Civil Veterinary Department. Central Provinces & Berar 1932-41 - 1932-1941
Year: 1932
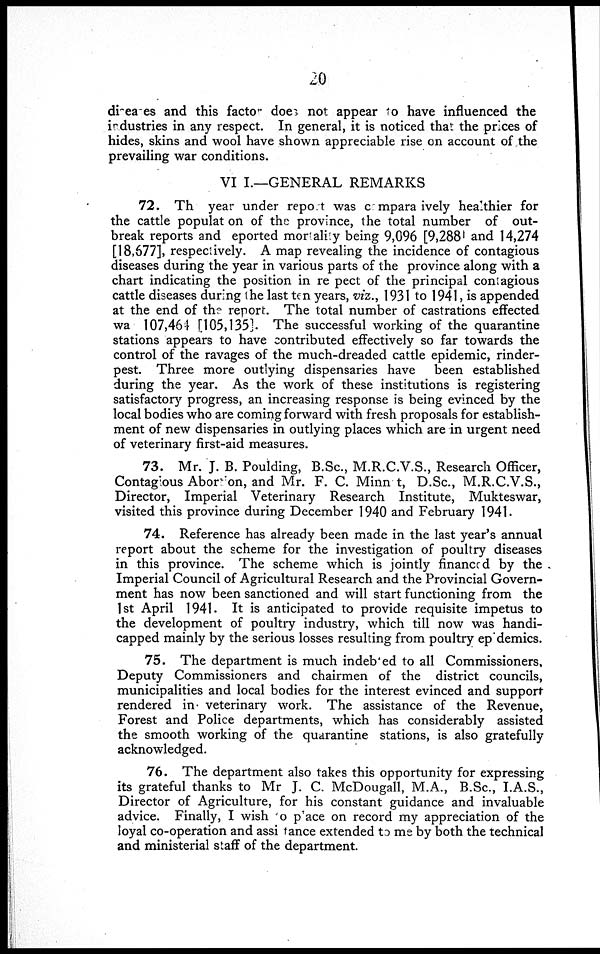
20
diseases and this factor does not appear to have influenced the
industries in any respect. In general, it is noticed that the prices of
hides, skins and wool have shown appreciable rise on account of the
prevailing war conditions.
VI I.—GENERAL REMARKS
72. The year under report was compara ively healthier for
the cattle populat on of the province, the total number of out-
break reports and eported mortality being 9,096 [9,288] and 14,274
[18,677], respectively. A map revealing the incidence of contagious
diseases during the year in various parts of the province along with a
chart indicating the position in respect of the principal contagious
cattle diseases during the last ten years, viz., 1931 to 1941, is appended
at the end of the report. The total number of castrations effected
was 107,464 [105,135]. The successful working of the quarantine
stations appears to have contributed effectively so far towards the
control of the ravages of the much-dreaded cattle epidemic, rinder-
pest. Three more outlying dispensaries have been established
during the year. As the work of these institutions is registering
satisfactory progress, an increasing response is being evinced by the
local bodies who are coming forward with fresh proposals for establish-
ment of new dispensaries in outlying places which are in urgent need
of veterinary first-aid measures.
73. Mr. J. B. Poulding, B.Sc., M.R.C.V.S., Research Officer,
Contagious Abortion, and Mr. F. C. Minnat, D.Sc, M.R.C.V.S.,
Director, Imperial Veterinary Research Institute, Mukteswar,
visited this province during December 1940 and February 1941.
74. Reference has already been made in the last year's annual
report about the scheme for the investigation of poultry diseases
in this province. The scheme which is jointly financed by the
Imperial Council of Agricultural Research and the Provincial Govern-
ment has now been sanctioned and will start functioning from the
1st April 1941. It is anticipated to provide requisite impetus to
the development of poultry industry, which till now was handi-
capped mainly by the serious losses resulting from poultry epidemies.
75. The department is much indebted to all Commissioners,
Deputy Commissioners and chairmen of the district councils,
municipalities and local bodies for the interest evinced and support
rendered in veterinary work. The assistance of the Revenue,
Forest and Police departments, which has considerably assisted
the smooth working of the quarantine stations, is also gratefully
acknowledged.
76. The department also takes this opportunity for expressing
its grateful thanks to Mr J. C. McDougall, M.A., B.Sc, I.A.S.,
Director of Agriculture, for his constant guidance and invaluable
advice. Finally, I wish to place on record my appreciation of the
loyal co-operation and assistance extended to me by both the technical
and ministerial staff of the department.